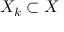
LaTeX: X _ { k } \subset X